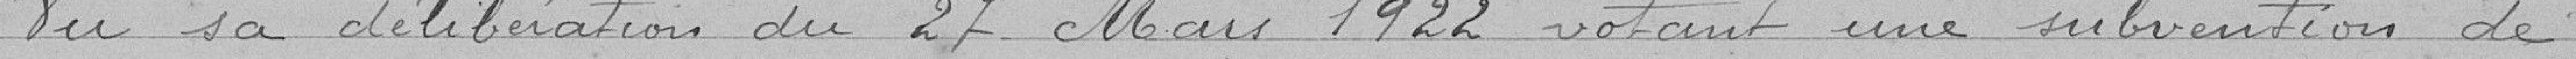
Vu sa délibération du 27 Mars 1922 votant une subvention de